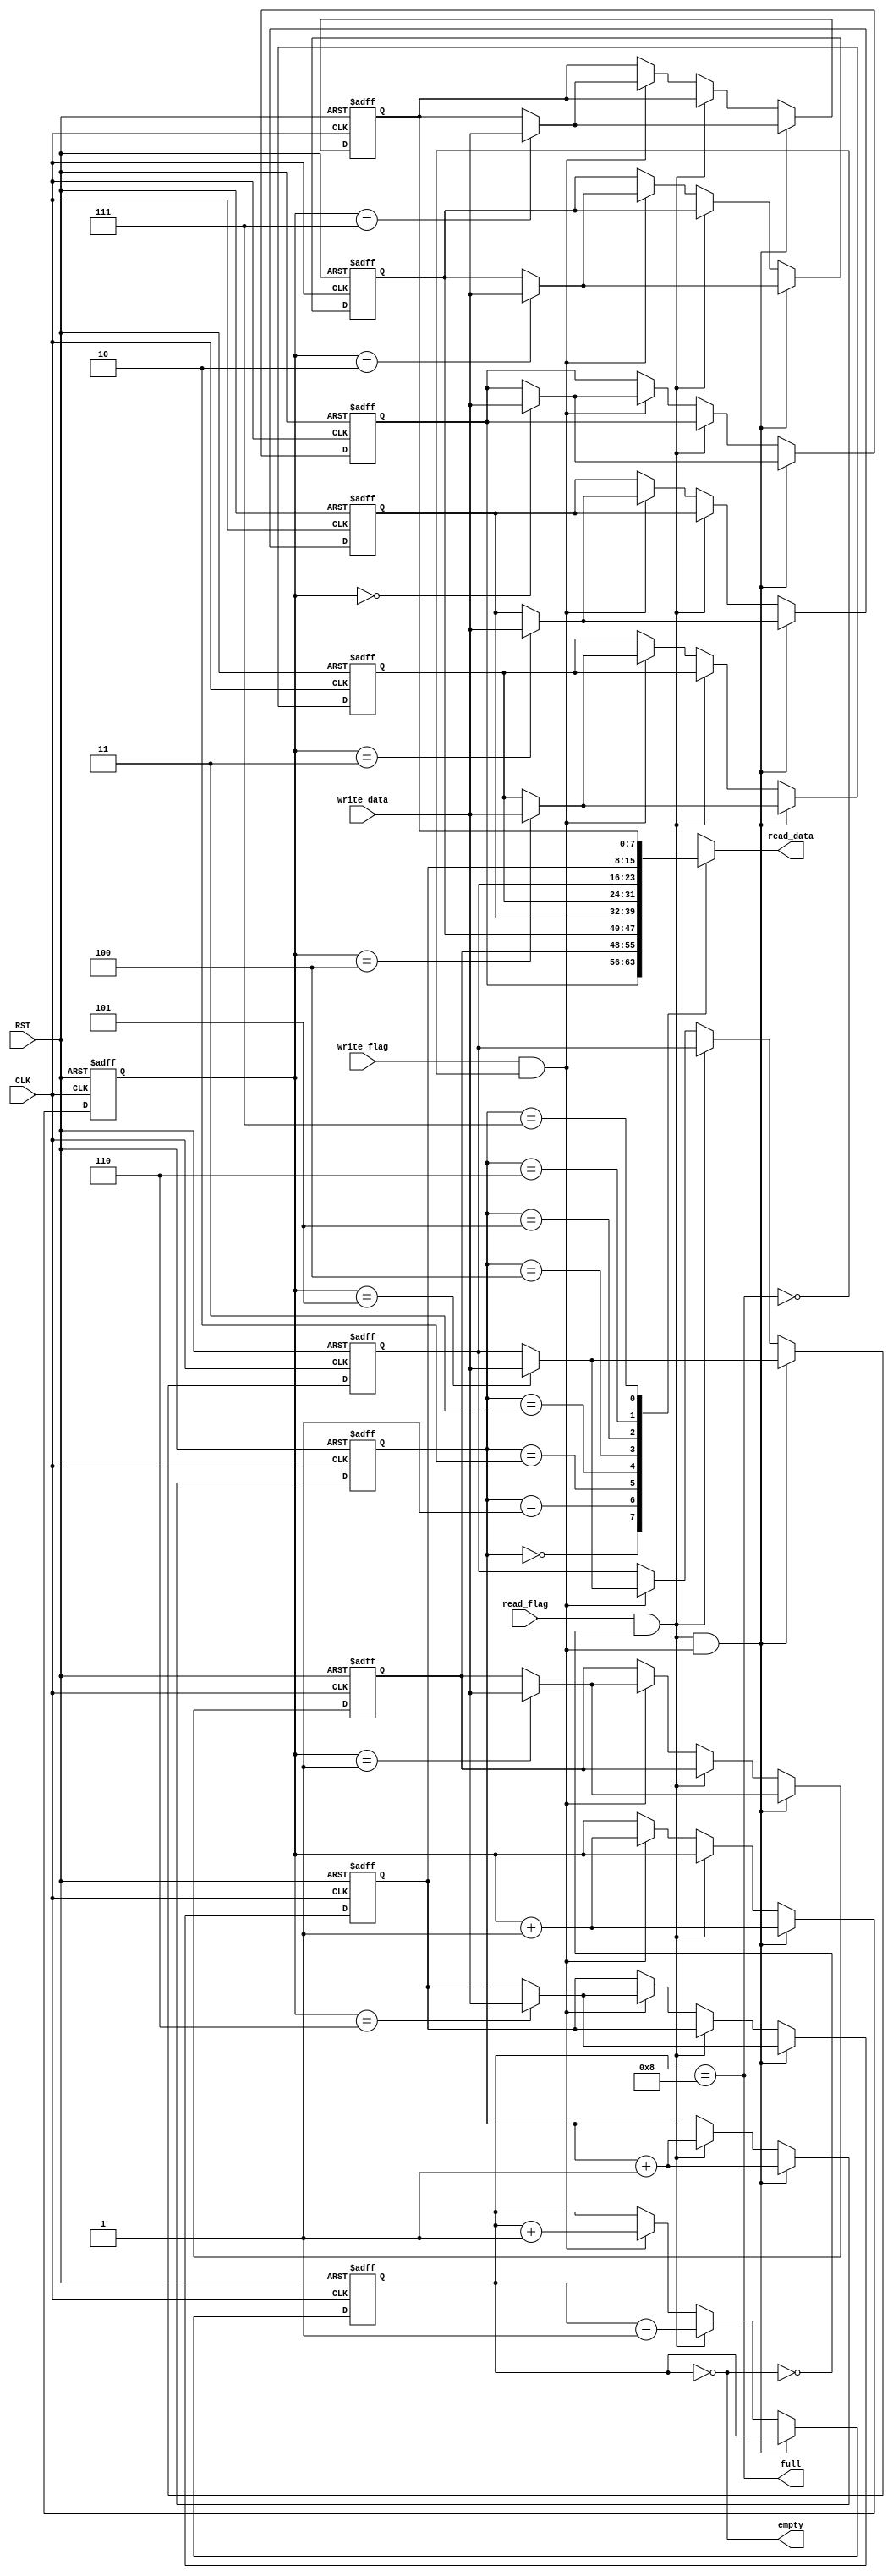
/*
* From https://github.com/sxtyzhangzk/mips-cpu
*/
`timescale 1ns / 1ps

module fifo
	#(
	parameter SIZE_BIT	= 3,
	parameter WIDTH 	= 8
	)
	(
	input CLK,
	input RST,
	input read_flag,
	output [WIDTH-1:0] read_data,
	input write_flag,
	input [WIDTH-1:0] write_data,
	output empty,
	output full
    );
    
    localparam SIZE = 1 << SIZE_BIT;
    reg [WIDTH-1:0] buffer[SIZE-1:0];
    reg [SIZE_BIT-1:0] read_ptr;
    reg [SIZE_BIT-1:0] write_ptr;
    reg [SIZE_BIT:0] buffer_size;
    
    assign empty = buffer_size == 0;
    assign full  = buffer_size == SIZE;
    
    wire read, write;
    assign read  = read_flag && !empty;
    assign write = write_flag && !full;
    
    assign read_data = buffer[read_ptr];
    
    integer i;
    always @(negedge CLK or posedge RST) begin
    	if(RST) begin
    		read_ptr <= 0;
    		write_ptr <= 0;
    		buffer_size <= 0;
    		for(i=0; i<SIZE; i=i+1)
    			buffer[i] <= 0;
    	end else begin
    		if(read && write) begin
    			buffer[write_ptr] <= write_data;
    			read_ptr <= read_ptr + 1;
    			write_ptr <= write_ptr + 1;
    		end else if(read) begin
    			read_ptr <= read_ptr + 1;
    			buffer_size <= buffer_size - 1;
    		end else if(write) begin
    			buffer[write_ptr] <= write_data;
    			write_ptr <= write_ptr + 1;
    			buffer_size <= buffer_size + 1;
    		end
    	end
    end
endmodule